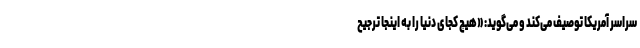
سراسر آمریکا توصیف می‌کند و می‌گوید: «هیچ کجای دنیا را به اینجا ترجیح